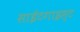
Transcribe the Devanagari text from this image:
साईटगाइस्ट